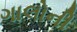
ગાલોની